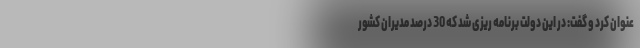
عنوان کرد و گفت: در این دولت برنامه ریزی شد که 30 درصد مدیران کشور